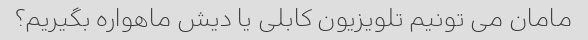
مامان می تونیم تلویزیون کابلی یا دیش ماهواره بگیریم؟